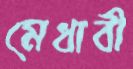
মেধাবী